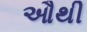
ઔથી